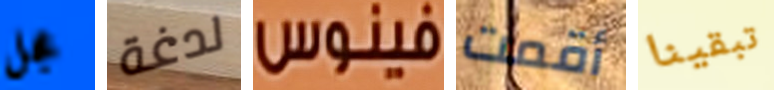
عجل لدغة فينوس أقمت تبقينا